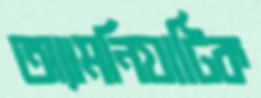
অ্যামনিয়াটিক